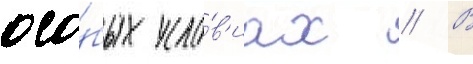
осо́бых усло́в'иах // В